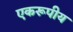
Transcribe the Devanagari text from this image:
एकरूपीय